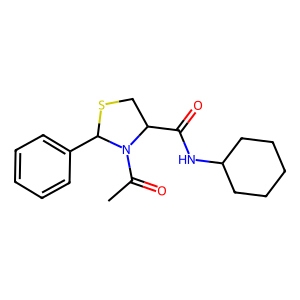
SMILES: CC(=O)N1C(C(=O)NC2CCCCC2)CSC1c1ccccc1
Inhibits HIV replication: No